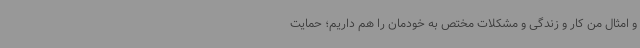
و امثال من کار و زندگی و مشکلات مختص به خودمان را هم داریم؛ حمایت